Report on plague in the Punjab from October 1st ... to September 30th ..., being the ... season of plague in the province
Disease focus: Plague
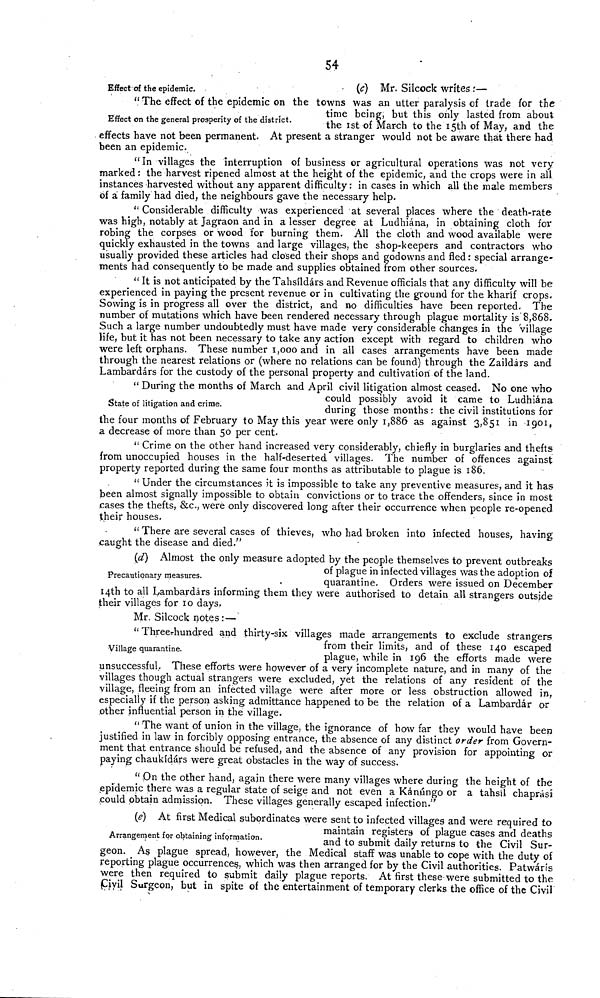
54
Effect of the epidemic.
(c) Mr. Silcock writes :—
Effect on the general prosperity of the district.
" The effect of the epidemic on the towns was an utter paralysis of trade for the
time being, but this only lasted from about
the 1st of March to the 15th of May, and the
effects have not been permanent. At present a stranger would not be aware that there had.
been an epidemic.
"In villages the interruption of business or agricultural operations was not very
marked : the harvest ripened almost at the height of the epidemic, and the crops were in all
instances harvested without any apparent difficulty: in cases in which all the male members
of a family had died, the neighbours gave the necessary help.
" Considerable difficulty was experienced at several places where the death-rate
was high, notably at Jagraon and in a lesser degree at Ludhiána, in obtaining cloth for
robing the corpses or wood for burning them. All the cloth and wood available were
quickly exhausted in the towns and large villages, the shop-keepers and contractors who
usually provided these articles had closed their shops and godowns and fled : special arrange-
ments had consequently to be made and supplies obtained from other sources.
" It is not anticipated by the Tahsíldárs and Revenue officials that any difficulty will be
experienced in paying the present revenue or in cultivating the ground for the kharif crops.
Sowing is in progress all over the district, and no difficulties have been reported. The
number of mutations which have been rendered necessary through plague mortality is 8,868.
Such a large number undoubtedly must have made very considerable changes in the village
life, but it has not been necessary to take any action except with regard to children who
were left orphans. These number 1,000 and in all cases arrangements have been made
through the nearest relations or (where no relations can be found) through the Zaildárs and
Lambardárs for the custody of the nersonal property and cultivation of the land.
State of litigation and crime.
" During the months of March and April civil litigation almost ceased. No one who
could possibly avoid it came to Ludhiána
during those months : the civil institutions for
the four months of February to May this year were only 1,886 as against 3,851 in 1901,
a decrease of more than 50 per cent.
" Crime on the other hand increased very considerably, chiefly in burglaries and thefts
from unoccupied houses in the half-deserted villages. The number of offences against
property reported during the same four months as attributable to plague is 186.
" Under the circumstances it is impossible to take any preventive measures, and it has
been almost signally impossible to obtain convictions or to trace the offenders, since in most
cases the thefts, &c, were only discovered long after their occurrence when people re-opened
their houses.
" There are several cases of thieves, who had broken into infected houses, having
caught the disease and died."
Precautionary measures.
(d) Almost the only measure adopted by the people themselves to prevent outbreaks
of plague in infected villages was the adoption of
quarantine. Orders were issued on December
14th to all Lambardárs informing them they were authorised to detain all strangers outside
their villages for 10 days.
Mr. Silcock notes: —
Village quarantine.
u Threes-hundred and thirty-six villages made arrangements to exclude strangers
from their limits, and of these 140 escaped
plague, while in 196 the efforts made were
unsuccessful,. These efforts were however of a very incomplete nature, and in many of the
villages though actual strangers were excluded, yet the relations of any resident of the
village, fleeing from an infected village were after more or less obstruction allowed in,
especially if the person asking admittance happened to be the relation of a Lambardár or
other influential person in the village.
"The want of union in the village, the ignorance of how far they would have been
justified in law in forcibly opposing entrance, the absence of any distinct order from Govern-
ment that entrance should be refused, and the absence of any provision for appointing or
paying chaukídárs were great obstacles in the way of success.
" On the other hand, again there were many villages where during the height of the
epidemic there was a regular state of seige and not even a Kánúngo or a tahsil chaprási
could obtain admission. These villages generally escaped infection."
Arrangement for obtaining information.
(e) At first Medical subordinates were sent to infected villages and were required to
maintain registers of plague cases and deaths
and to submit daily returns to the Civil Sur-
geon. As plague spread, however, the Medical staff was unable to cope with the duty of
reporting plague occurrences, which was then arranged for by the Civil authorities. Patwárís
were then required to submit daily plague reports. At first these-were submitted to the
Civil Surgeon, but in spite of the entertainment of temporary clerks the office of the Civil